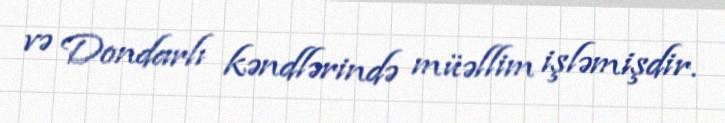
və Dondarlı kəndlərində müəllim işləmişdir.